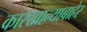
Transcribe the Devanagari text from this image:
कारखान्याबाहेर